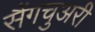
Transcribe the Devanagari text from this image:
सैंगचुअरी